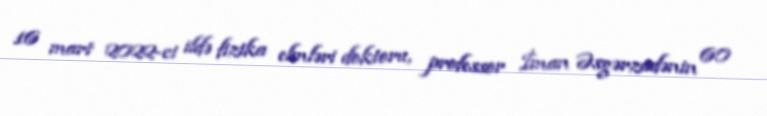
16 mart 2022-ci ildə fizika elmləri doktoru, professor İman Əsgərzadənin 60